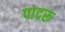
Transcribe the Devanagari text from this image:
पादरू